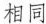
相同